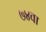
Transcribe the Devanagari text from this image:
७४वा